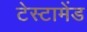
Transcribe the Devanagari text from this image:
टेस्टामेंड